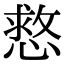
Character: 慦